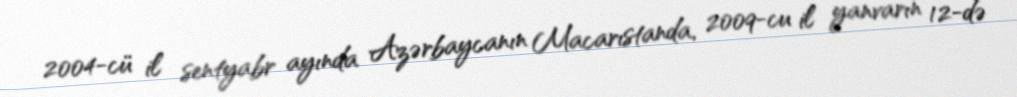
2004-cü il sentyabr ayında Azərbaycanın Macarıstanda, 2009-cu il yanvarın 12-də